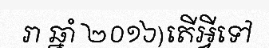
រា ឆ្នាំ ២០១៦)តើអ្វីទៅ